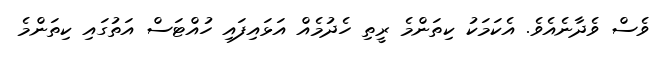
ވެސް ވެދާނެއެވެ. އެކަމަކު ކިތަންމެ ރީތި ހެދުމެއް އަޅައިފައި ހުއްޓަސް އަތުގައި ކިތަންމެ